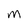
Character: m